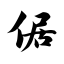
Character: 倨